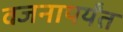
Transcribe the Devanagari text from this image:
वजनापर्यंत